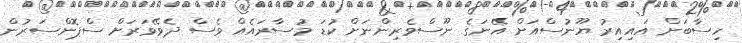
ހިސާބަށް އައިއިރު ޔޫނުސްއަށް އޭނަގެ ނޫސްވެރިންނަށް ކުޑަ މުސާރައެއް ވެސް ދެވޭވަރަށް ސްޕޮންސަރުން